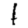
Digit: 1